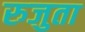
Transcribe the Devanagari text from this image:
रुजुता